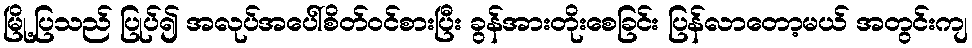
မြို့ပြသည် ပြုပ်၍ အလုပ်အပေါ်စိတ်ဝင်စားပြီး ခွန်အားတိုးစေခြင်း ပြန်လာတော့မယ် အတွင်းကျ